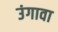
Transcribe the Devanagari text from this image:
उंगावा